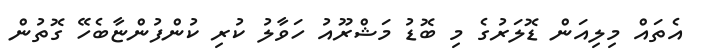
އެތައް މިލިއަން ޑޮލަރުގެ މި ބޮޑު މަޝްރޫއު ހަވާލު ކުރި ކުންފުންޏާބެހޭ ގޮތުން